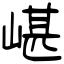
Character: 嵁